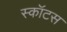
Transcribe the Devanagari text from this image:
स्कॉटस